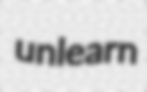
unlearn